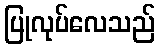
ပြုလုပ်လေသည်